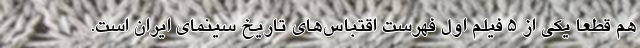
هم قطعا يکي از 5 فیلم اول فهرست اقتباس‌هاي تاريخ سينماي ايران است.